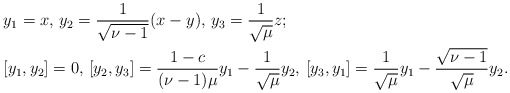
\begin{align*}&y_1=x, \, y_2=\frac{1}{\sqrt{\nu-1}}(x-y), \,y_3=\frac{1}{\sqrt{\mu}}z;\\&[y_1,y_2]=0, \,[y_2,y_3]=\frac{1-c}{(\nu-1)\mu}y_1-\frac{1}{\sqrt{\mu}}y_2, \,[y_3,y_1]=\frac{1}{\sqrt{\mu}}y_1-\frac{\sqrt{\nu-1}}{\sqrt{\mu}}y_2.\end{align*}